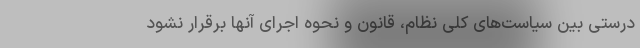
درستی بین سیاست‌های کلی نظام، قانون و نحوه اجرای آنها برقرار نشود